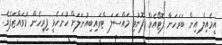
އީމެއިލް އިން ބަރަހަނާ ފޮޓޯއެއް ފޮނުވި މައްސަލަ ޓްރައިބިއުނަލަށް ހުށަހެޅީ ފިރިހެން މުވައްޒަފެވެ.